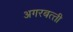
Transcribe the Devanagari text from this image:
अगरबत्‍ती